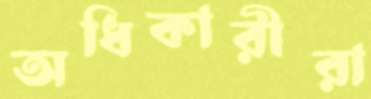
অধিকারীরা